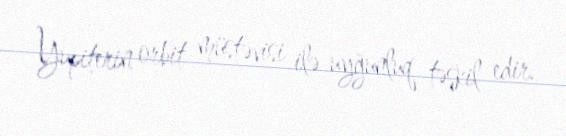
Yupiterin orbit müstəvisi ilə uyğunluq təşkil edir.